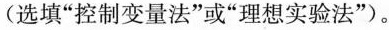
(选填”控制变量法”或”理想实验法”)。